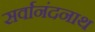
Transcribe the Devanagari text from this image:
सर्वानंदनाथ